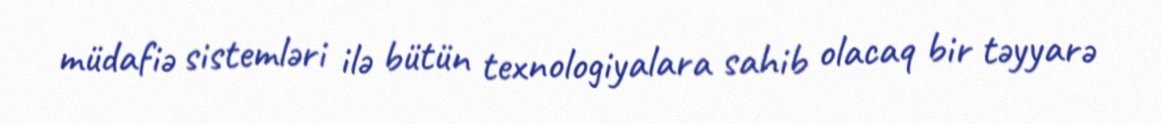
müdafiə sistemləri ilə bütün texnologiyalara sahib olacaq bir təyyarə